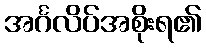
အင်္ဂလိပ်အစိုးရ၏